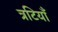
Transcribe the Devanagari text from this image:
त्रटियाँ